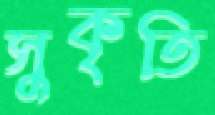
সুকৃতি